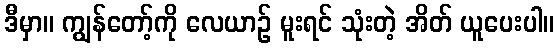
ဒီမှာ။ ကျွန်တော့်ကို လေယာဉ် မူးရင် သုံးတဲ့ အိတ် ယူပေးပါ။